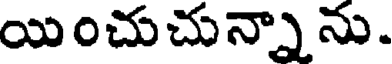
యించుచున్నాను.